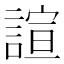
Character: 諠